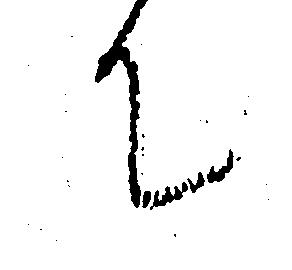
て